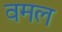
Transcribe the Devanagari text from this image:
वमल